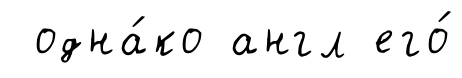
одна́ко англ его́